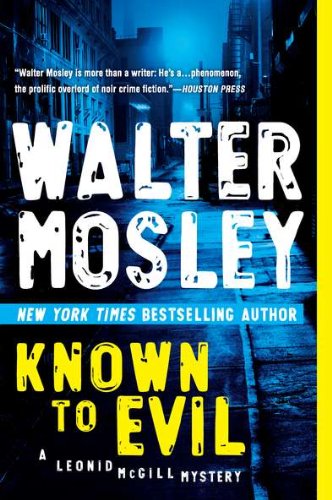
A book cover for Known to Evil: A Leonid McGill Mystery; Walter Mosley; Mystery, Thriller & Suspense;